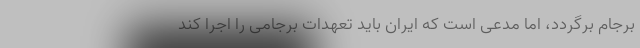
برجام برگردد، اما مدعی است که ایران باید تعهدات برجامی را اجرا کند